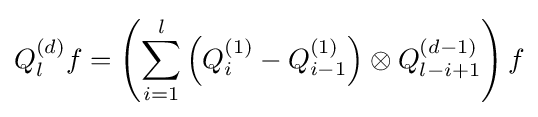
Q_{l}^{(d)}f=\left(\sum _{i=1}^{l}\left(Q_{i}^{(1)}-Q_{i-1}^{(1)}\right)\otimes Q_{l-i+1}^{(d-1)}\right)f